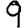
Digit: 9